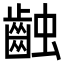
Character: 䶚